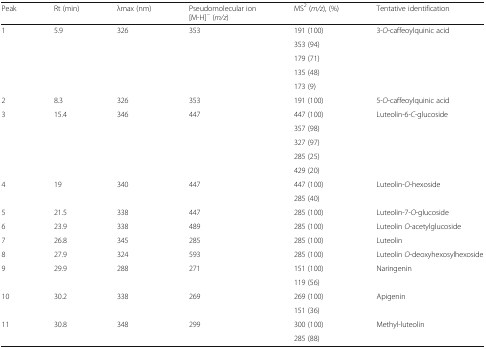
<table><thead><tr><td><b>Peak</b></td><td><b>Rt (min)</b></td><td><b>λmax (nm)</b></td><td><b>Pseudomolecular ion [M-H]<sup>−</sup> (<i>m/z</i>)</b></td><td><b>MS<sup>2</sup> (<i>m/z</i>), (%)</b></td><td><b>Tentative identification</b></td></tr></thead><tbody><tr><td rowspan="5">1</td><td rowspan="5">5.9</td><td rowspan="5">326</td><td rowspan="5">353</td><td>191 (100)</td><td rowspan="5">3-<i>O</i>-caffeoylquinic acid</td></tr><tr><td>353 (94)</td></tr><tr><td>179 (71)</td></tr><tr><td>135 (48)</td></tr><tr><td>173 (9)</td></tr><tr><td>2</td><td>8.3</td><td>326</td><td>353</td><td>191 (100)</td><td>5-<i>O</i>-caffeoylquinic acid</td></tr><tr><td rowspan="5">3</td><td rowspan="5">15.4</td><td rowspan="5">346</td><td rowspan="5">447</td><td>447 (100)</td><td rowspan="5">Luteolin-6-<i>C</i>-glucoside</td></tr><tr><td>357 (98)</td></tr><tr><td>327 (97)</td></tr><tr><td>285 (25)</td></tr><tr><td>429 (20)</td></tr><tr><td rowspan="2">4</td><td rowspan="2">19</td><td rowspan="2">340</td><td rowspan="2">447</td><td>447 (100)</td><td rowspan="2">Luteolin-<i>O</i>-hexoside</td></tr><tr><td>285 (40)</td></tr><tr><td>5</td><td>21.5</td><td>338</td><td>447</td><td>285 (100)</td><td>Luteolin-7-<i>O</i>-glucoside</td></tr><tr><td>6</td><td>23.9</td><td>338</td><td>489</td><td>285 (100)</td><td>Luteolin <i>O</i>-acetylglucoside</td></tr><tr><td>7</td><td>26.8</td><td>345</td><td>285</td><td>285 (100)</td><td>Luteolin</td></tr><tr><td>8</td><td>27.9</td><td>324</td><td>593</td><td>285 (100)</td><td>Luteolin <i>O</i>-deoxyhexosylhexoside</td></tr><tr><td rowspan="2">9</td><td rowspan="2">29.9</td><td rowspan="2">288</td><td rowspan="2">271</td><td>151 (100)</td><td rowspan="2">Naringenin</td></tr><tr><td>119 (56)</td></tr><tr><td rowspan="2">10</td><td rowspan="2">30.2</td><td rowspan="2">338</td><td rowspan="2">269</td><td>269 (100)</td><td rowspan="2">Apigenin</td></tr><tr><td>151 (36)</td></tr><tr><td rowspan="2">11</td><td rowspan="2">30.8</td><td rowspan="2">348</td><td rowspan="2">299</td><td>300 (100)</td><td rowspan="2">Methyl-luteolin</td></tr><tr><td>285 (88)</td></tr></tbody></table>